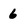
Character: 6